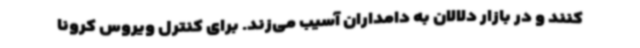
کنند و در بازار دلالان به دامداران آسیب می‌زند. برای کنترل ویروس کرونا